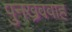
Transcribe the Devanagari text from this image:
पुनख्रववाह